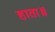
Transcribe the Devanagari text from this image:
हाता॥